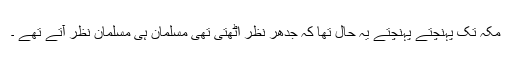
مکہ تک پہنچتے پہنچتے یہ حال تھا کہ جدھر نظر اُٹھتی تھی مسلمان ہی مسلمان نظر آتے تھے ۔